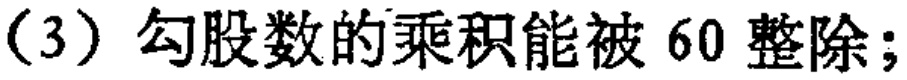
(3) 勾股数的乘积能被 \(60\) 整除；